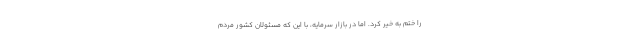
را ختم به خیر کرد. اما در بازار سرمایه، با این که مسئولان کشور مردم